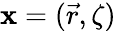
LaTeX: \mathbf{x}=(\vec{r},\zeta)